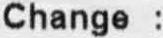
CHANGE :